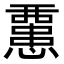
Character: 𢤏